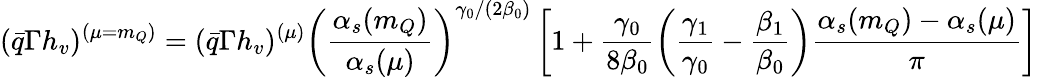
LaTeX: (\bar{q}\Gamma h_{v})^{(\mu=m_{Q})}=(\bar{q}\Gamma h_{v})^{(\mu)}\left(\frac{\alpha_{s}(m_{Q})}{\alpha_{s}(\mu)}\right)^{\gamma_{0}/(2\beta_{0})}\left[1+\frac{\gamma_{0}}{8\beta_{0}}\left(\frac{\gamma_{1}}{\gamma_{0}}-\frac{\beta_{1}}{\beta_{0}}\right)\frac{\alpha_{s}(m_{Q})-\alpha_{s}(\mu)}{\pi}\right]